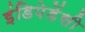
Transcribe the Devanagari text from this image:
इंडिपेडेंसी